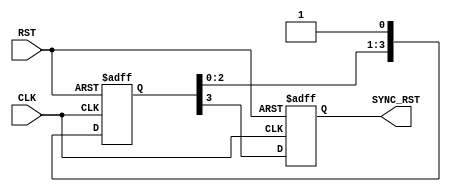

module RST_syn #(parameter NUM_STAGES=5) (

input RST,
input CLK,
output reg SYNC_RST

);

reg [NUM_STAGES-2:0] q;

always @ (posedge CLK or negedge RST)
  begin
     if (!RST)
	  begin
	     SYNC_RST <= 1'b0;
	  end
	 else
	  begin
	     SYNC_RST <= q[NUM_STAGES-2];
	  end 	 
  end
  
always @ (posedge CLK or negedge RST)
  begin
     if (!RST)
	  begin
	     q <= 'b0;
	  end
	 else if ( NUM_STAGES == 2'b10)
	  begin	  
	     q[0] <= 1'b1;
	  end
	 else
	  begin
	     q[0] <= 1'b1;
		 q[NUM_STAGES-2:1] <= q[NUM_STAGES-3:0];
	  end    	 	  
  end

endmodule